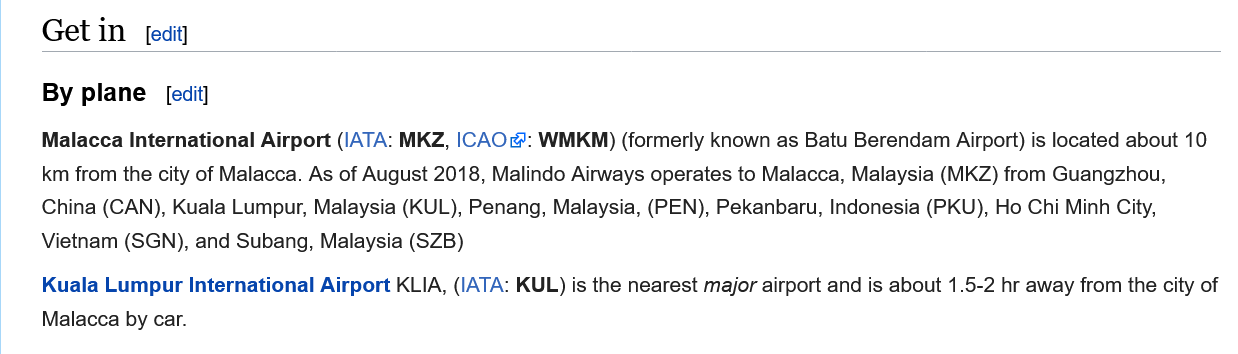
Get  in
    By  plane   edit]
    Kuala Lumpur International Airport KLIA, (IATA: KUL) is the nearest major airport and is about 1.5-2 hr away from the city of
    Malacca by car.
    Malacca International Airport (IATA: MKZ, |CAO &: WMKM) (formerly known as Batu Berendam Airport) is located about 10
    km from the city of Malacca. As of August 2018, Malindo Airways operates to Malacca, Malaysia (MKZ) from Guangzhou,
    China (CAN), Kuala Lumpur, Malaysia (KUL), Penang, Malaysia, (PEN), Pekanbaru, Indonesia (PKU), Ho Chi Minh City,
    Vietnam (SGN), and Subang, Malaysia (SZB)